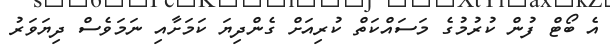
އެ ބޯޓް ފުން ކުރުމުގެ މަސައްކަތް ކުރިއަށް ގެންދިޔަ ކަމަށާއި ނަމަވެސް ދިޔަވަރު